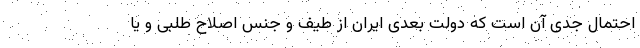
احتمال جدی آن است که دولت بعدی ایران از طیف و جنس اصلاح طلبی و یا